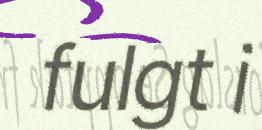
fulgt i